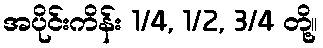
အပိုင်းကိန်း 1/4, 1/2, 3/4 တို့။